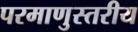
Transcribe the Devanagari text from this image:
परमाणुस्तरीय